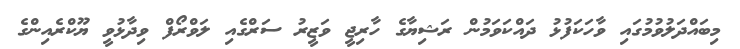
މިބައްދަލުވުމުގައި ވާހަކަފުޅު ދައްކަވަމުން ރަޝިޔާގެ ހާރިޖީ ވަޒީރު ސަރްގެއި ލަވްރޯފް ވިދާޅުވީ ޔޫކްރެއިންގެ